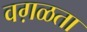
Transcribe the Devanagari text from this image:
वग़ळता